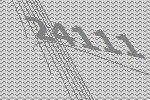
24111